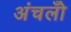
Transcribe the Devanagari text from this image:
अंचलोँ